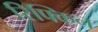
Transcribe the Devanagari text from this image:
रिफ्किन